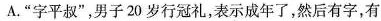
A. ”字平叔”，男子20岁行冠礼，表示成年了，然后有字，有